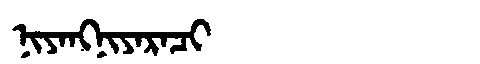
Manchu: ᠨᡳᠶᠠᠩᠨᡳᠶᠠᡵᠠᠴᡳ
Romanization: NIYANGNIYARACI